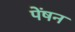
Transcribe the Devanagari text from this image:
पेंषन